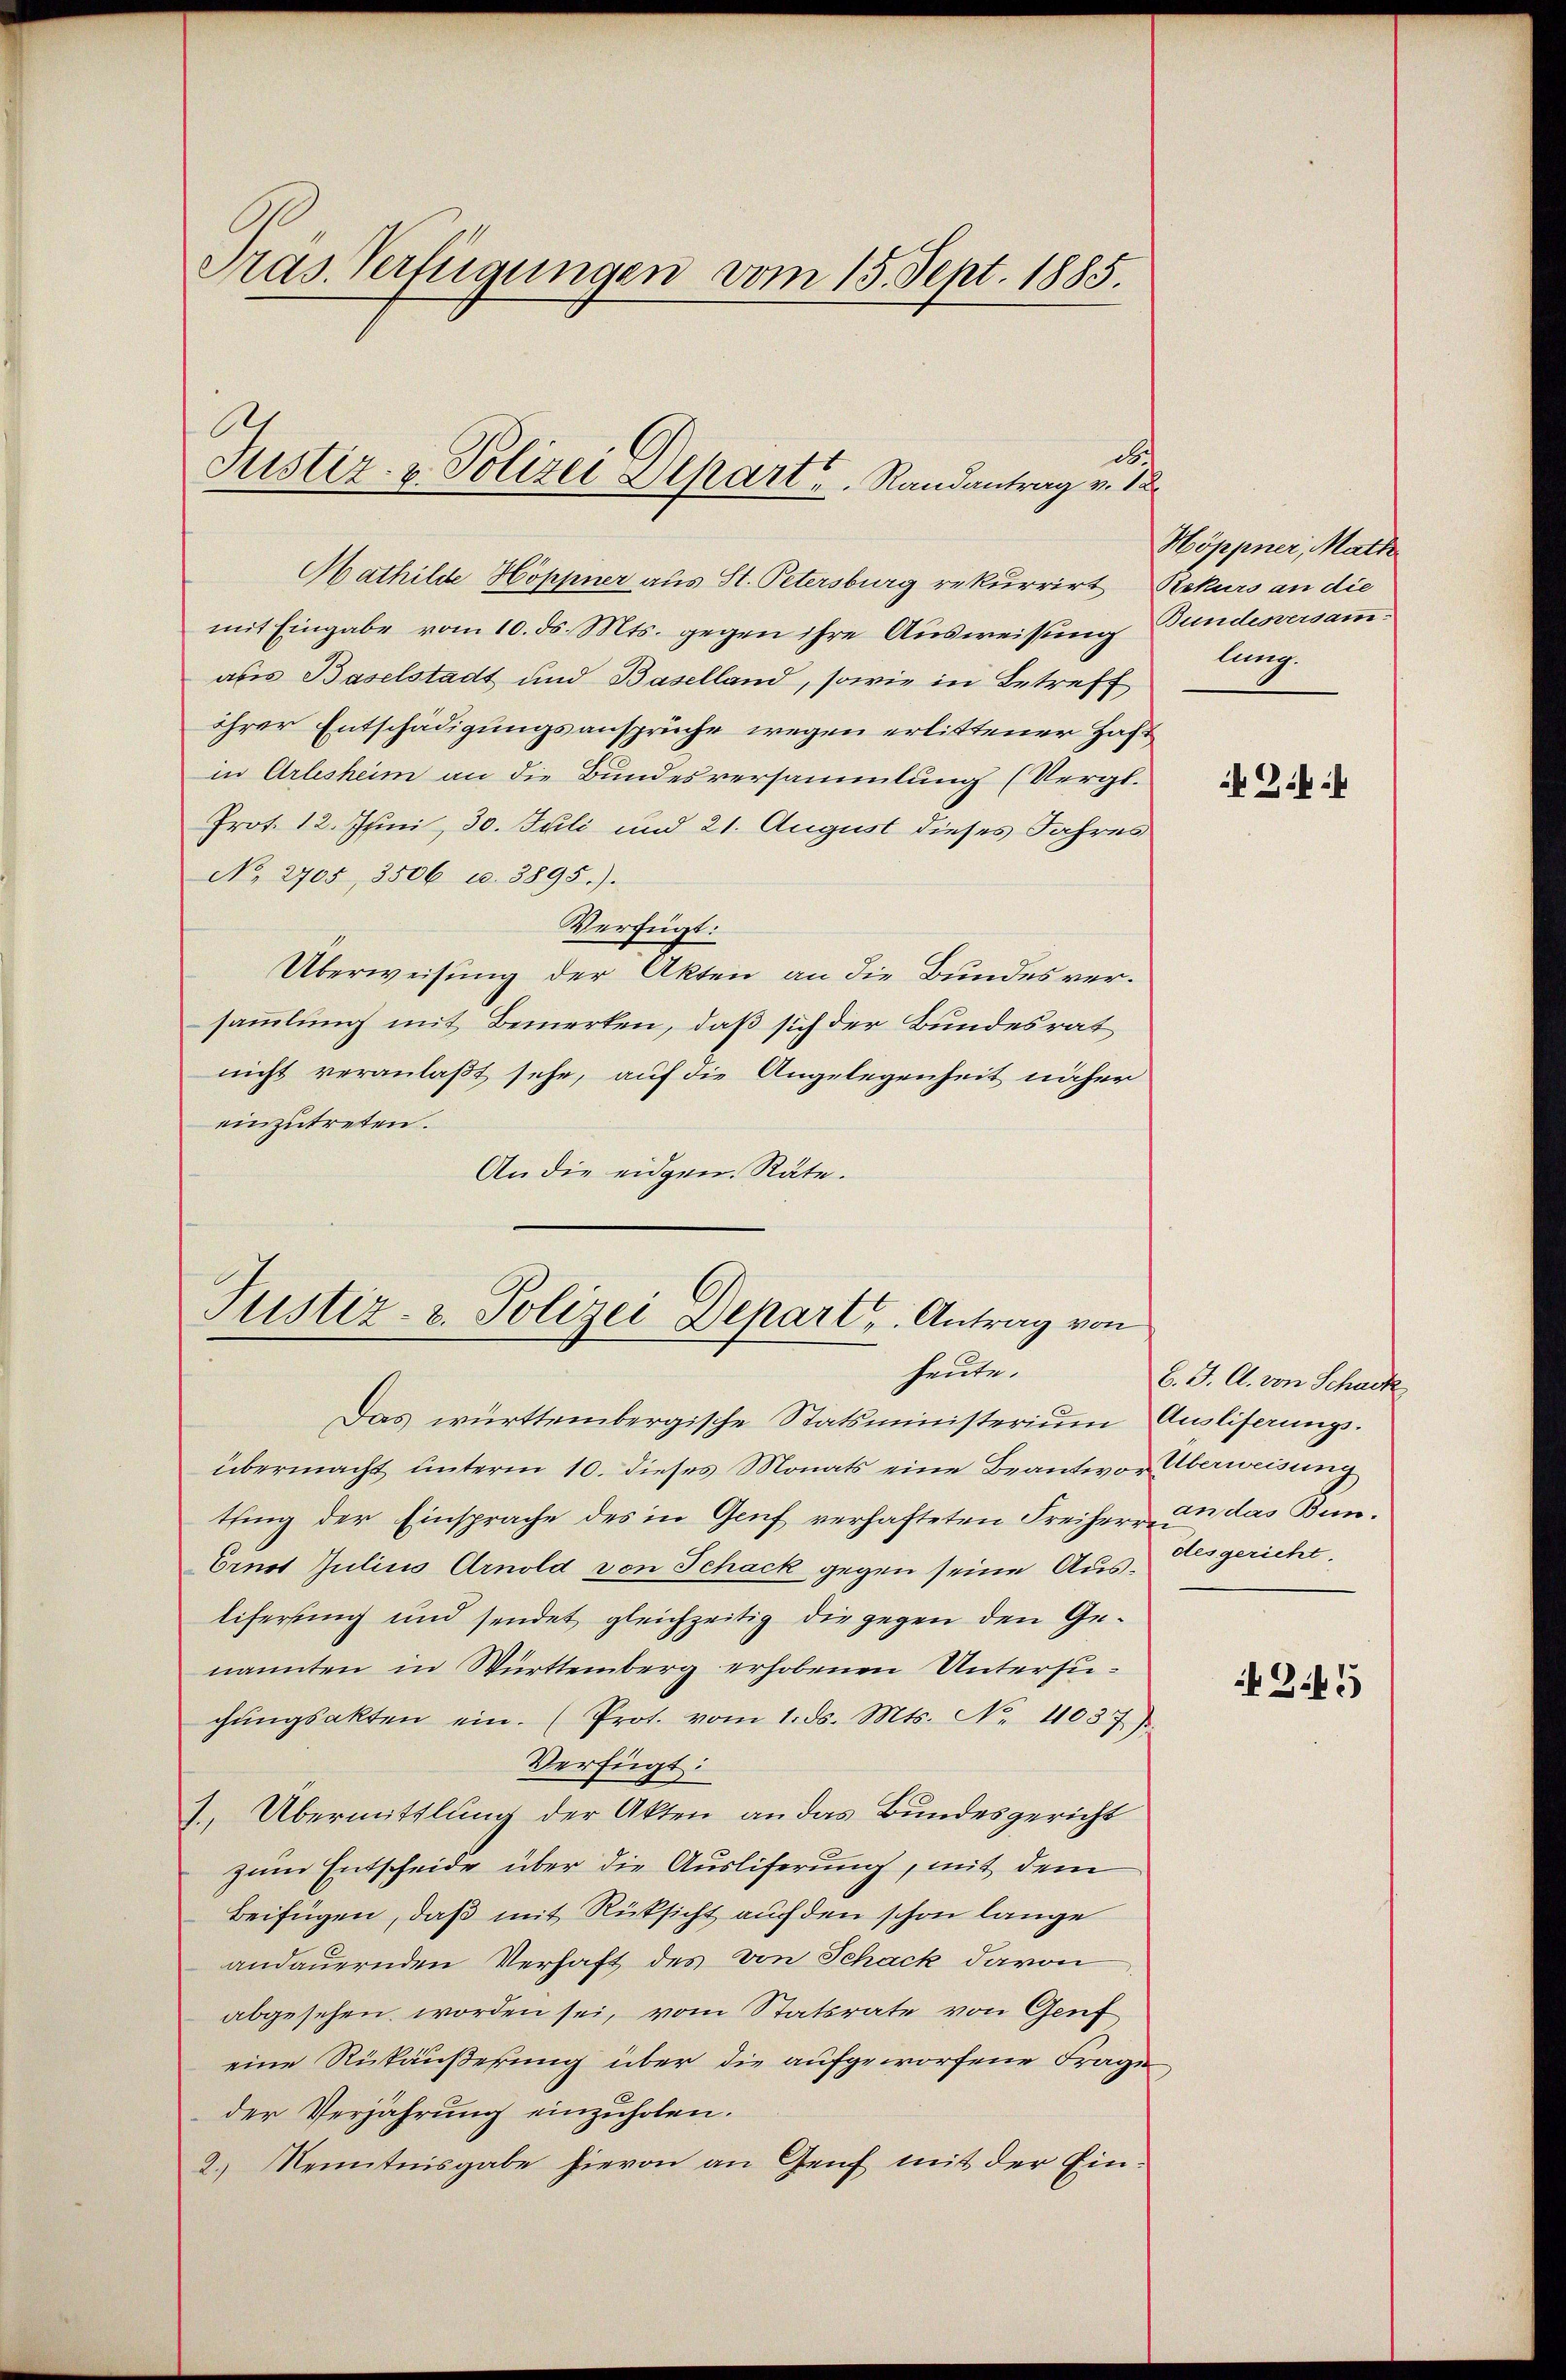
Präs. Verfügungen vom 15. Sept. 1885.

des
Justiz- & Polizei Depart u. Randantrag v. 18

Mathilde Höppner aus St. Petersburg rekurrirt, Rekurs an die
mit Eingabe vom 10. ds. Mts. gegen ihre Ausweisung Gundesversammaus Baselstadt und Baselland, sowie in Betreff
ihrer Entschädigungsansprüche wegen erlittener Haft
in Arlesheim an die Bundesversammlung (Vergl.
Prot. 12. Juni, 30. Juli und 21. August dieses Jahres
No. 2705, 3506 u. 3895).
Verfügt:
Überweisung der Akten an die Bundes versammlung mit Bemerken, daß sich der Bundesrat
nicht veranlaßt sehe, auf die Angelegenheit näher
einzutreten.
An die eidgen. Räte.

Justiz- & Polizei Depart, Antrag von
heute.

Das württembergische Statsministerium Ausliserungsübermacht ŭnterm 10. dieses Monats eine Beantwor Überweisung
tting der Einsprache des in Genf verhafteten Freiherr un das Bun¬
Ernot Julius Arnold von Schack gegen seine Aus-Aesgericht,
liferung und sendet gleichzeitig die gegen den Genannten in Württemberg erhobenen Untersuchŭngsakten ein. (Prot. vom 1. ds. Mts. No. 1037).
Verfügt:
1. Übermittlung der Akten an das Bundesgericht
zum Entscheide über die Ausliferung, mit dem
Beifügen, daß mit Rücksicht auf den schon lange
andauernden Verhaft des von Schack davon
abgesehen worden sei, vom Statsrate von Genf
eine Rükäußerung über die aufgeworfene Frage
der Verjährung einzuholen.
2.) Kenntnisgabe hievon an Genf mit der Ein¬

Höppner, Math
lung.

G.:

b. J. A. von Schuck

245